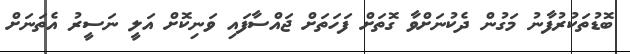
ބޮޑުތަކުރުފާނު މަގުން ދެކުނަށްވާ ގޮތަށް ފަހަތަށް ޖައްސާފައި ވަނިކޮށް އަލީ ނަސީރު އެތަނަށް